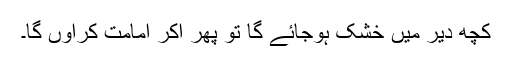
کچھ دیر میں خشک ہوجائے گا تو پھر آکر امامت کراؤں گا۔